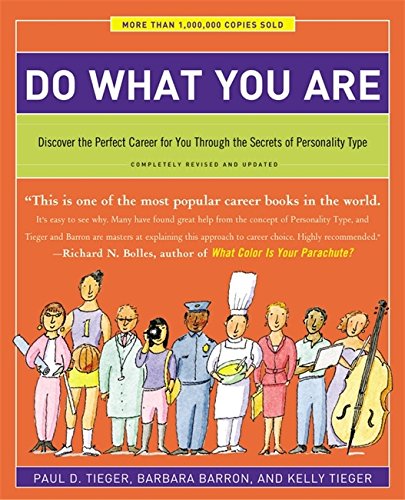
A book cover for Do What You Are: Discover the Perfect Career for You Through the Secrets of Personality Type; Paul D. Tieger; Self-Help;